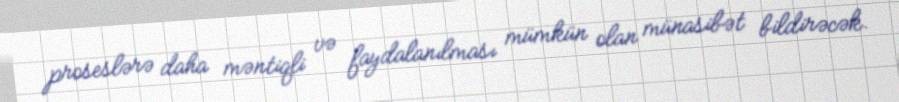
proseslərə daha məntiqli və faydalanılması mümkün olan münasibət bildirəcək.